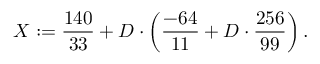
X : = { \frac { 1 4 0 } { 3 3 } } + D \cdot \left( { \frac { - 6 4 } { 1 1 } } + D \cdot { \frac { 2 5 6 } { 9 9 } } \right) .